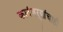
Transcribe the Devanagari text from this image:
कादंबऱ्यांचाही